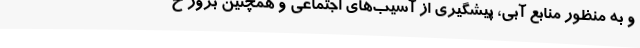
و به منظور منابع آبی، پیشگیری از آسیب‌های اجتماعی و همچنین بروز خ